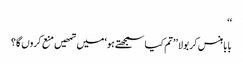
‘‘
بابا ہنس کر بولا ’’تم کیا سمجھتے ہو‘ میں تمھیں منع کروں گا؟